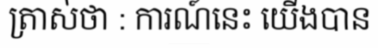
ត្រាស់ថា : ការណ៍នេះ យើងបាន